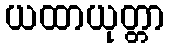
ယထာယုတ္တာ